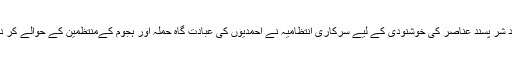
چند شر پسند عناصر کی خوشنودی کے لیے سرکاری انتظامیہ نے احمدیوں کی عبادت گاہ حملہ آور ہجوم کےمنتظمین کے حوالے کر دی۔